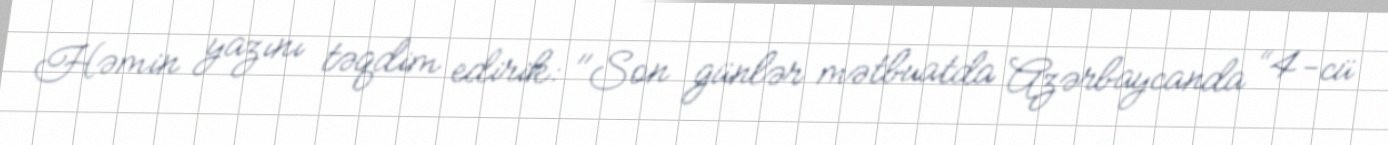
Həmin yazını təqdim edirik: "Son günlər mətbuatda Azərbaycanda “4-cü